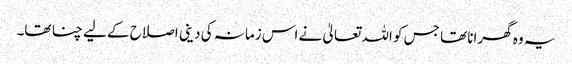
یہ وہ گھرانا تھا جس کو اللہ تعالیٰ نے اس زمانہ کی دینی اصلاح کے لیے چنا تھا۔